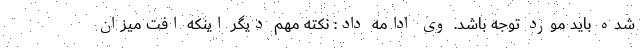
شده باید مورد توجه باشد. وی ادامه داد: نکته مهم دیگر اینکه افت میزان